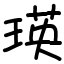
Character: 瑛